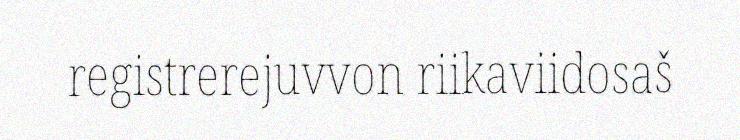
registrerejuvvon riikaviidosaš